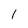
Character: 1